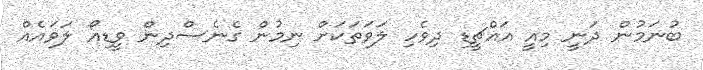
ބުނަމުން ދަނީ މިއީ އައްޗީޑި ދިވެހި ލަވަތަކަށް ނިމުން ގެނެސްދިން ވީޑިއޯ ލަވައެއް